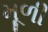
મૂળી